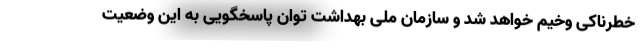
خطرناکی وخیم‌ خواهد شد و سازمان ملی بهداشت توان پاسخگویی به این وضعیت